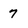
Character: 7